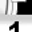
Digit: 1